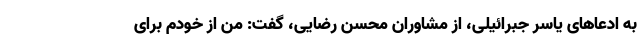
به ادعاهای یاسر جبرائیلی، از مشاوران محسن رضایی، گفت: من از خودم برای